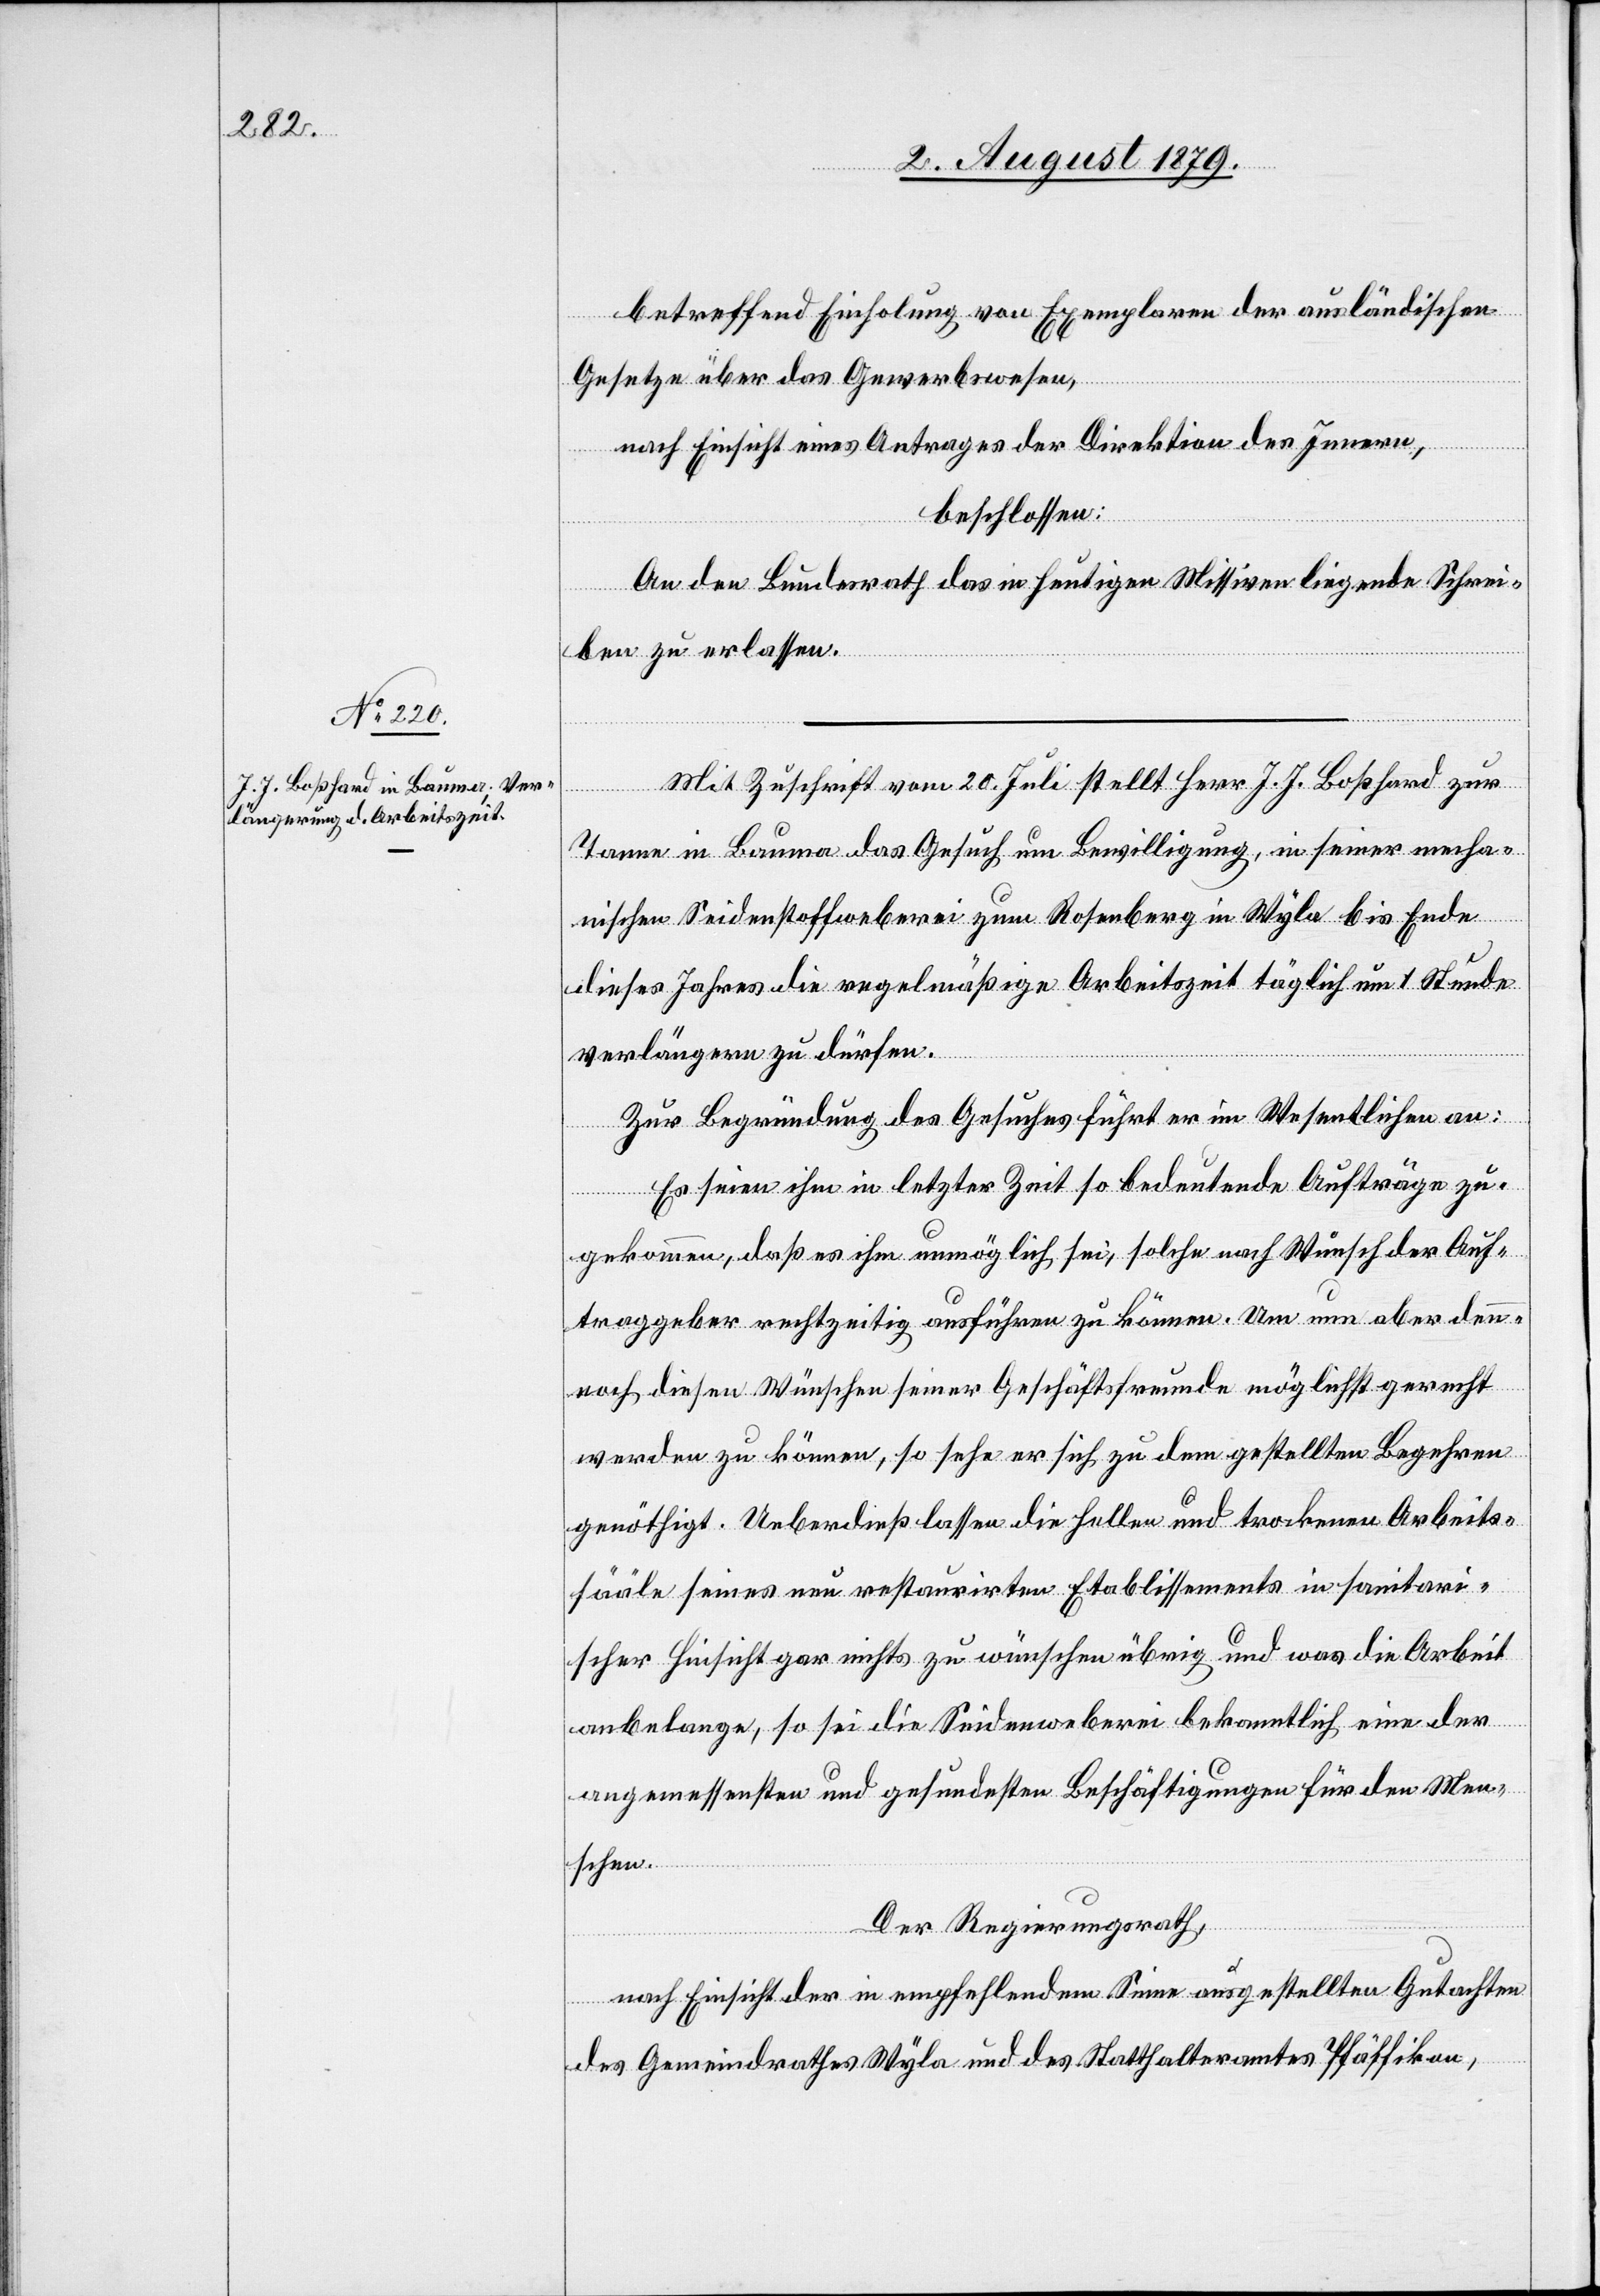
betreffend Einholung von Exemplaren der ausländischen
Gesetze über das Gewerbewesen,
nach Einsicht eines Antrages der Direktion des Innern,
beschlossen:
An den Bundesrath das in heutigen Missiven liegende Schrei¬
ben zu erlassen.
Mit Zuschrift vom 20. Juli stellt Herr J. J. Boßhard zur
Tanne in Bauma das Gesuch um Bewilligung, in seiner mecha¬
nischen Seidenstoffweberei zum Rosenberg in Wyla bis Ende
dieses Jahres die regelmäßige Arbeitszeit täglich um 1 Stunde
verlängern zu dürfen.
Zur Begründung des Gesuches führt er im Wesentlichen an:
Es seien ihm in letzter Zeit so bedeutende Aufträge zu¬
gekommen, daß es ihm unmöglich sei, solche nach Wunsch der Auf¬
traggeber rechtzeitig ausführen zu können. Um nun aber den¬
noch diesen Wünschen einiger Geschäftsfreunde möglichst gerecht
werden zu können, so sehe er sich zu dem gestellten Begehren
genöthigt. Ueberdieß lassen die hellen und trockenen Arbeits¬
sääle seines neu restaurirten Etablissements in sanitari¬
scher Hinsicht gar nichts zu wünschen übrig und was die Arbeit
anbelange, so sei die Seidenweberei bekanntlich eine der
angemessensten und gesundesten Beschäftigungen für den Men¬
schen.
Der Regierungsrath,
nach Einsicht der in empfehlendem Sinne ausgestellten Gutachten
des Gemeindrathes Wyla und des Statthalteramtes Pfäffikon,